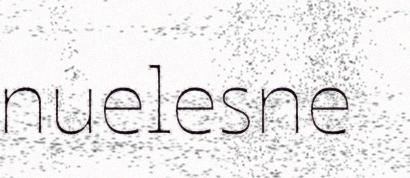
nuelesne